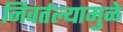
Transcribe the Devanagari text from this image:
निवर्तल्यामुळे